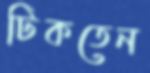
টিকতেন